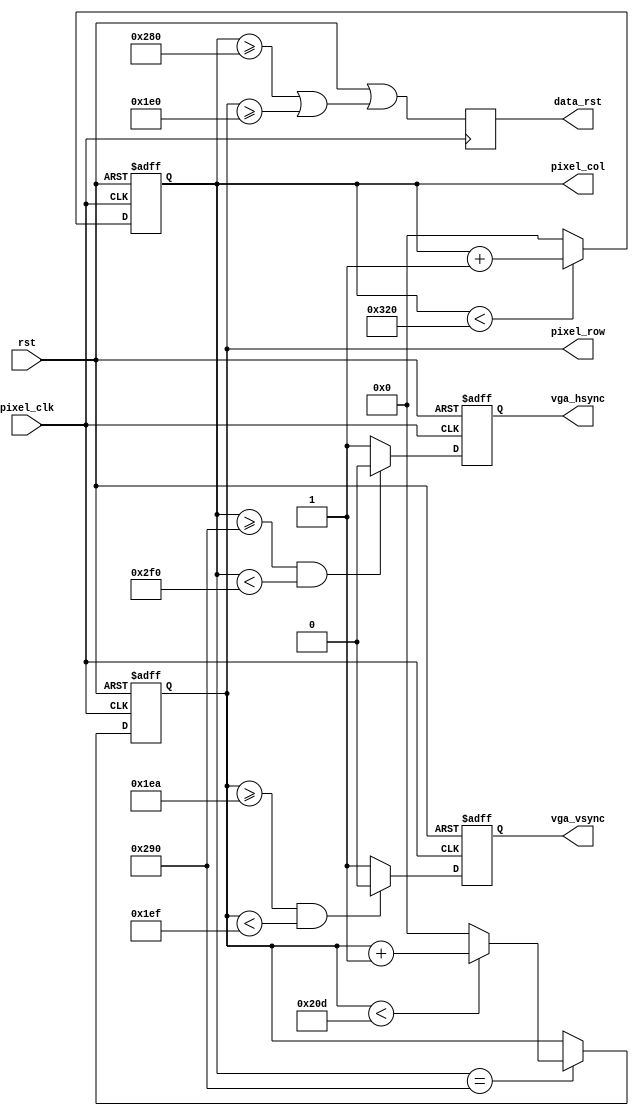
module vga_sync (
	pixel_clk,
	rst,
	vga_hsync,
	vga_vsync,
	data_rst,
	pixel_row,
	pixel_col
);

parameter VISIBLE_WIDTH = 640;
parameter HORIZ_FP = 16;
parameter HSYNC_WIDTH = 96;
parameter HORIZ_BP = 48;
parameter VISIBLE_HEIGHT = 480;
parameter VERT_FP = 10;
parameter VSYNC_WIDTH = 5;
parameter VERT_BP = 30;

input wire pixel_clk;
input wire rst;
output reg vga_hsync = 1'b0;
output reg vga_vsync = 1'b0;
output reg data_rst = 1'b0;
output reg [15:0] pixel_row = 16'b0;
output reg [15:0] pixel_col = 16'b0;

wire hsync_on;
wire vsync_on;

assign hsync_on = pixel_col == (VISIBLE_WIDTH + HORIZ_FP);

always @(posedge pixel_clk or posedge rst)
begin
	if (rst)
		pixel_col <= 16'b0;
	else if (pixel_col < (VISIBLE_WIDTH + HORIZ_FP + HSYNC_WIDTH + HORIZ_BP))
		pixel_col <= pixel_col + 16'b1;
	else
		pixel_col <= 16'b0;
end

always @(posedge pixel_clk or posedge rst)
begin
	if (rst)
		pixel_row <= 16'b0;
	else if (hsync_on)
	begin
		if (pixel_row < (VISIBLE_HEIGHT + VERT_FP + VSYNC_WIDTH + VERT_BP))
			pixel_row <= pixel_row + 16'b1;
		else
			pixel_row <= 16'b0;
	end
	else
		pixel_row <= pixel_row;
end

always @(posedge pixel_clk or posedge rst)
begin
	if (rst)
		vga_hsync <= 1'b1;
	else if (pixel_col >= (VISIBLE_WIDTH + HORIZ_FP) && pixel_col < (VISIBLE_WIDTH + HORIZ_FP + HSYNC_WIDTH))
		vga_hsync <= 1'b0;
	else
		vga_hsync <= 1'b1;
end

always @(posedge pixel_clk or posedge rst)
begin
	if (rst)
		vga_vsync <= 1'b1;
	else if (pixel_row >= (VISIBLE_HEIGHT + VERT_FP) && pixel_row < (VISIBLE_HEIGHT + VERT_FP + VSYNC_WIDTH))
		vga_vsync <= 1'b0;
	else
		vga_vsync <= 1'b1;
end

always @(posedge pixel_clk)
begin
	data_rst <= rst || (pixel_col >= VISIBLE_WIDTH || pixel_row >= VISIBLE_HEIGHT);
end

endmodule